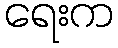
ရေးက